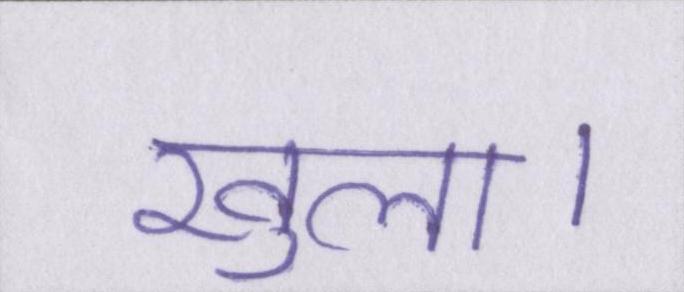
खुला।